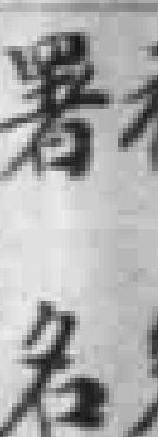
署名